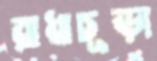
রাধাচূড়া